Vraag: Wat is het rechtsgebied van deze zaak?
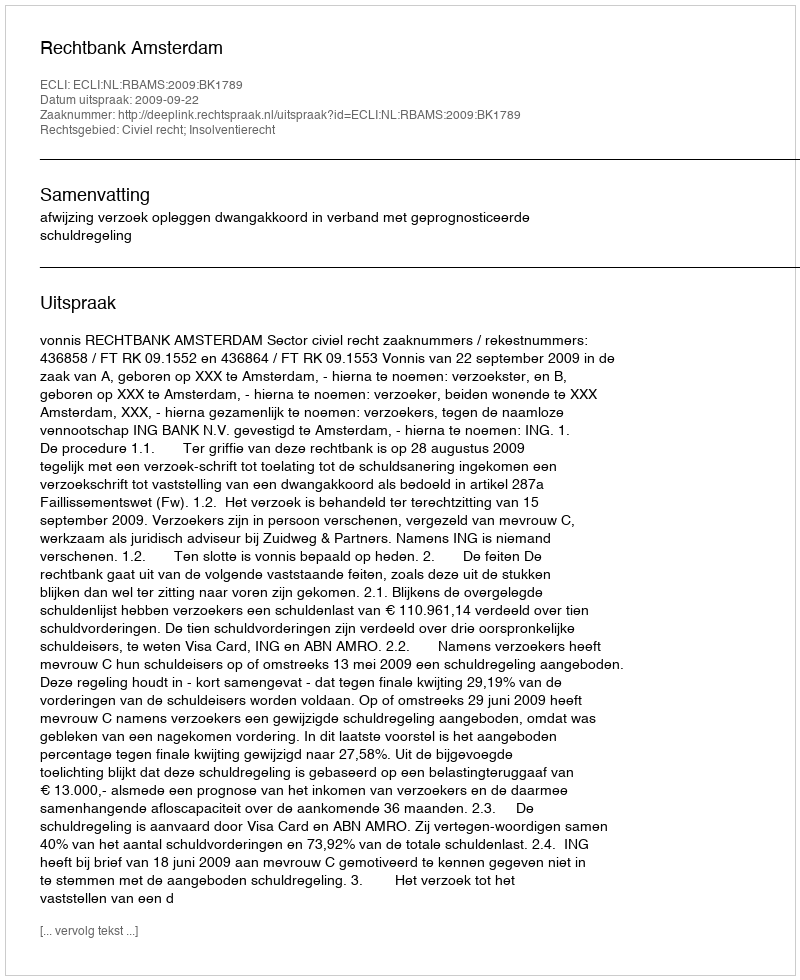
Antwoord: Civiel recht; Insolventierecht